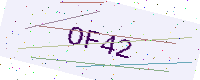
Text: OF42